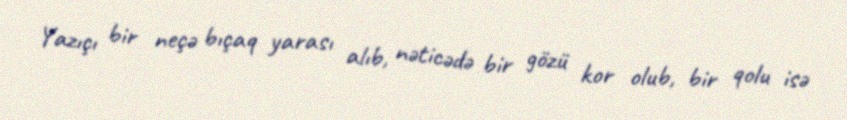
Yazıçı bir neçə bıçaq yarası alıb, nəticədə bir gözü kor olub, bir qolu isə